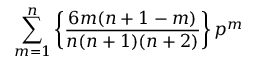
\sum _ { m = 1 } ^ { n } \left\{ \frac { 6 m ( n + 1 - m ) } { n ( n + 1 ) ( n + 2 ) } \right\} p ^ { m }